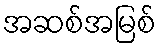
အဆစ်အမြစ်